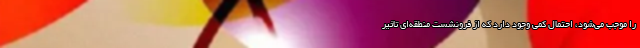
را موجب می‌شود، احتمال کمی وجود دارد که از فرونشست منطقه‌ای تاثیر